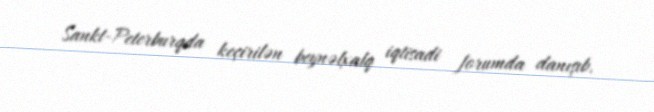
Sankt-Peterburqda keçirilən beynəlxalq iqtisadi forumda danışıb.